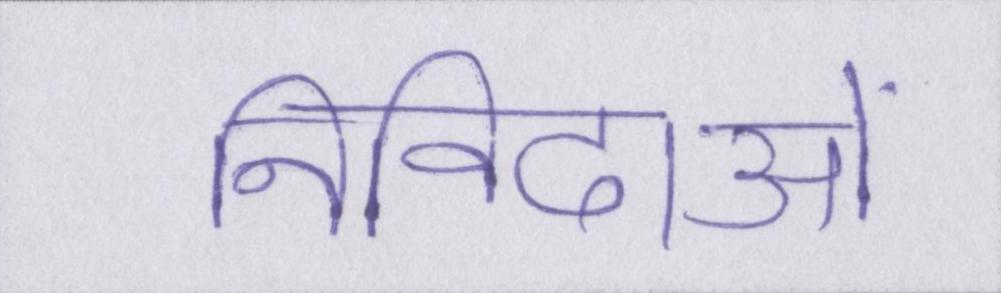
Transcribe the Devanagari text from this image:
निविदाओं